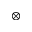
\otimes